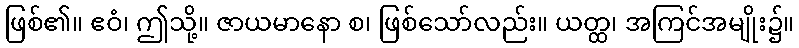
ဖြစ်၏။ ဧဝံ၊ ဤသို့။ ဇာယမာနော စ၊ ဖြစ်သော်လည်း။ ယတ္ထ၊ အကြင်အမျိုး၌။